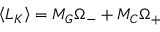
\left\langle L _ { K } \right\rangle = M _ { G } \Omega _ { - } + M _ { C } \Omega _ { + }